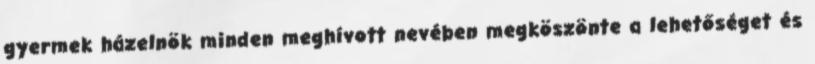
gyermek házelnök minden meghívott nevében megköszönte a lehetőséget és